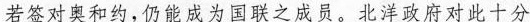
若签对奥和约，仍能成为国联之成员。北洋政府对此十分